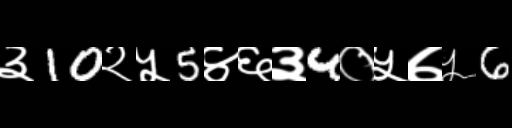
Text: ३10२५5४६३4०५७५6